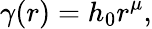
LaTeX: \gamma(r)=h_{0}r^{\mu},